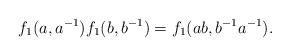
LaTeX: \begin{align*}f_1(a,a^{-1})f_1(b,b^{-1})=f_1(ab,b^{-1}a^{-1}).\end{align*}